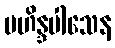
မဟိန္ဒပါသေန